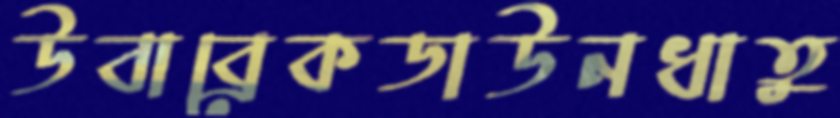
উবাব্রেকডাউনধাতু